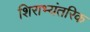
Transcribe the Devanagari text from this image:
शिराभ्यंतरिक